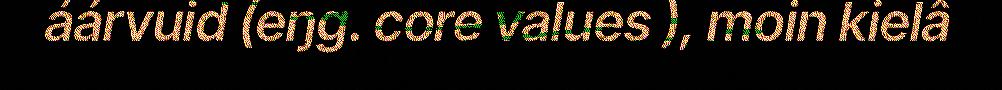
áárvuid (eŋg. core values ), moin kielâ